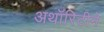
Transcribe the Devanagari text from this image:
अथॉरिटीने